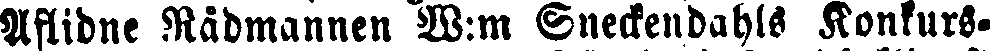
Aflidne Rådmannen W:m Sneckendahls Konkurs-